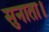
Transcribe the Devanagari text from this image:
सुनाता।